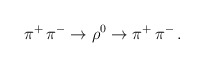
\begin{align*}\pi^{+}\,\pi^{-} \rightarrow \rho^{0} \rightarrow\pi^{+}\, \pi^{-} \, .\end{align*}